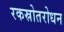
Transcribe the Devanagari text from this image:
रकस्रोतरोधन